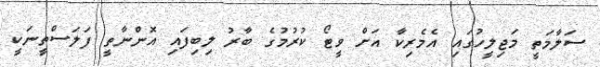
ސަލާމަތީ މަޖިލީހުގައި އެމެރިކާ އަށް ވީޓޯ ކުރުމުގެ ބާރު ލިބިފައި އޮންނާތީ ފަލަސްތީނަކީ